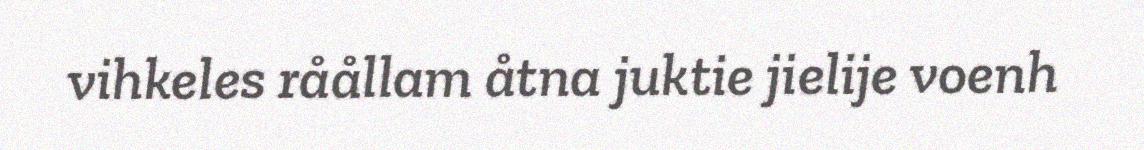
vihkeles råållam åtna juktie jielije voenh